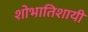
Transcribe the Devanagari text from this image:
शोभातिशायी